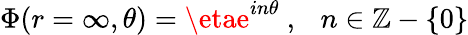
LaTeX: \Phi(r=\infty,\theta)=\etae^{in\theta}\ ,\ \ \ n\in{\cal\mathbb{Z}}-\{ 0\}